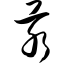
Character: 汞